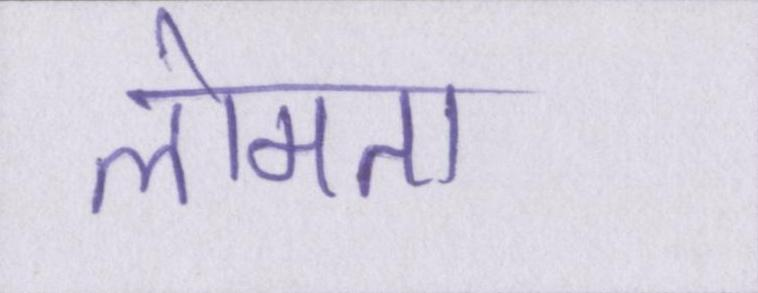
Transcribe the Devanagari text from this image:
लोमता